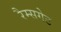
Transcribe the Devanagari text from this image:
रैम्सगेट